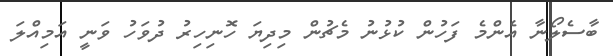
ބާސެލޯނާ އެންމެ ފަހުން ކުޅުނު މެޗުން މިދިޔަ ހޮނިހިރު ދުވަހު ވަނީ އަމިއްލަ